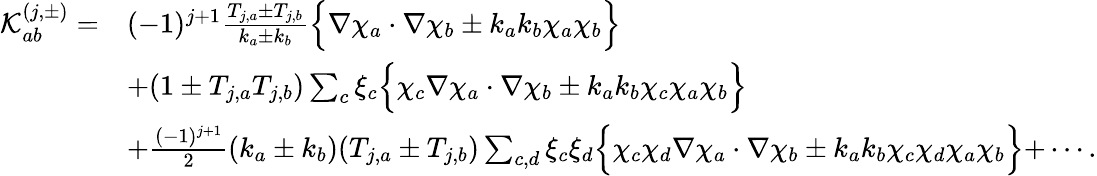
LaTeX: \begin{array}{rl}{\mathcal{K}_{ab}^{(j,\pm)}=}&{(-1)^{j+1}\frac{T_{j,a}\pm T_{j,b}}{k_{a}\pm k_{b}}\Bigl\{ \nabla\chi_{a}\cdot\nabla\chi_{b}\pm k_{a}k_{b}\chi_{a}\chi_{b}\Bigl\} }\\ &{+(1\pm T_{j,a}T_{j,b})\sum_{c}\xi_{c}\Bigl\{ \chi_{c}\nabla\chi_{a}\cdot\nabla\chi_{b}\pm k_{a}k_{b}\chi_{c}\chi_{a}\chi_{b}\Bigl\} }\\ &{+\frac{(-1)^{j+1}}{2}(k_{a}\pm k_{b})(T_{j,a}\pm T_{j,b})\sum_{c,d}\xi_{c}\xi_{d}\Bigl\{ \chi_{c}\chi_{d}\nabla\chi_{a}\cdot\nabla\chi_{b}\pm k_{a}k_{b}\chi_{c}\chi_{d}\chi_{a}\chi_{b}\Bigl\} +\cdots.}\end{array}